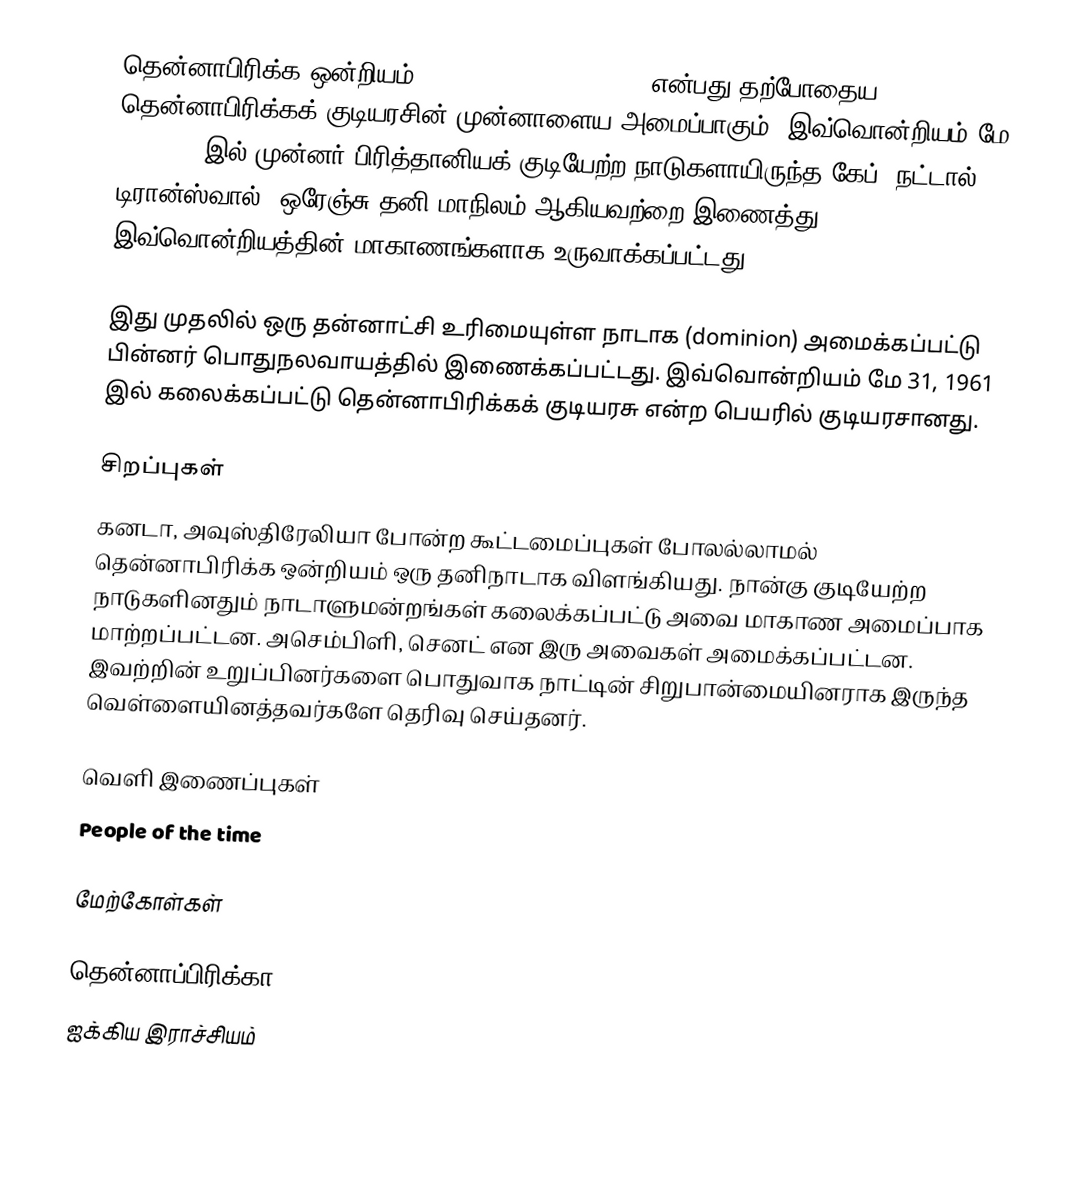
தென்னாபிரிக்க ஒன்றியம் (Union of South Africa) என்பது தற்போதைய தென்னாபிரிக்கக் குடியரசின் முன்னாளைய அமைப்பாகும். இவ்வொன்றியம் மே 31, 1910 இல் முன்னர் பிரித்தானியக் குடியேற்ற நாடுகளாயிருந்த கேப், நட்டால், டிரான்ஸ்வால், ஒரேஞ்சு தனி மாநிலம் ஆகியவற்றை இணைத்து இவ்வொன்றியத்தின் மாகாணங்களாக உருவாக்கப்பட்டது.

இது முதலில் ஒரு தன்னாட்சி உரிமையுள்ள நாடாக (dominion) அமைக்கப்பட்டு பின்னர் பொதுநலவாயத்தில் இணைக்கப்பட்டது. இவ்வொன்றியம் மே 31, 1961 இல் கலைக்கப்பட்டு தென்னாபிரிக்கக் குடியரசு என்ற பெயரில் குடியரசானது.

சிறப்புகள்
கனடா, அவுஸ்திரேலியா போன்ற கூட்டமைப்புகள் போலல்லாமல் தென்னாபிரிக்க ஒன்றியம் ஒரு தனிநாடாக விளங்கியது. நான்கு குடியேற்ற நாடுகளினதும் நாடாளுமன்றங்கள் கலைக்கப்பட்டு அவை மாகாண அமைப்பாக மாற்றப்பட்டன. அசெம்பிளி, செனட் என இரு அவைகள் அமைக்கப்பட்டன. இவற்றின் உறுப்பினர்களை பொதுவாக நாட்டின் சிறுபான்மையினராக இருந்த வெள்ளையினத்தவர்களே தெரிவு செய்தனர்.

வெளி இணைப்புகள்
 People of the time

மேற்கோள்கள்

தென்னாப்பிரிக்கா
ஐக்கிய இராச்சியம்